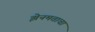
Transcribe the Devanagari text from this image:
झेनमताचा